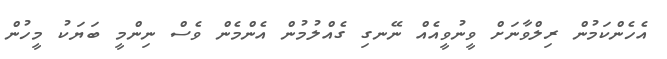
އެހެންކަމުން ރިލްވާނަށް ވީނުވީއެއް ނޭނގި ގެއްލުމުން އެންމެން ވެސް ނިންމީ ބަޔަކު މީހުން